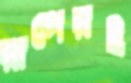
রূপেরই